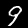
Label: 9